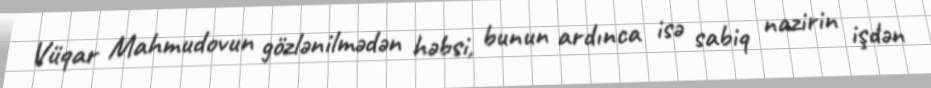
Vüqar Mahmudovun gözlənilmədən həbsi, bunun ardınca isə sabiq nazirin işdən